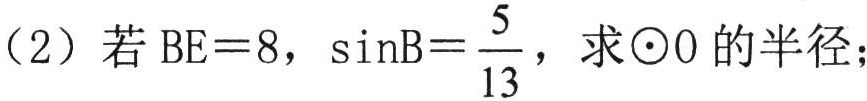
（2）若\(BE = 8\)，\(\sin B=\frac{5}{13}\)，求\(\odot O\)的半径；